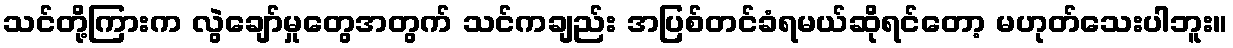
သင်တို့ကြားက လွဲချော်မှုတွေအတွက် သင်ကချည်း အပြစ်တင်ခံရမယ်ဆိုရင်တော့ မဟုတ်သေးပါဘူး။